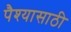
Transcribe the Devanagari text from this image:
पैश्यासाठी